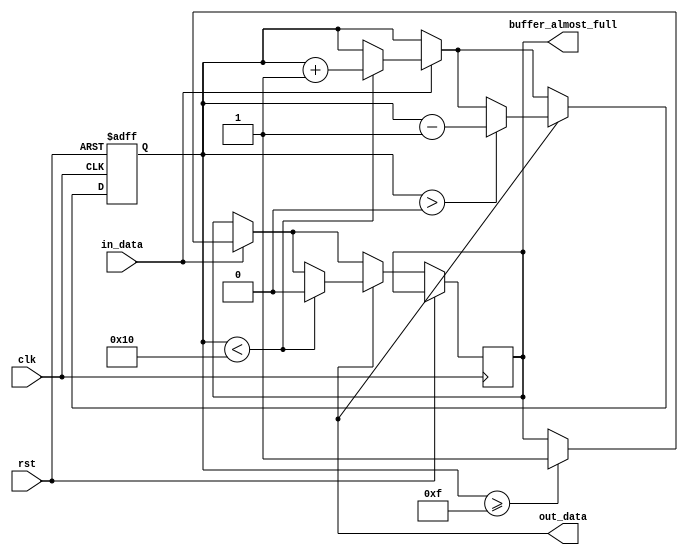
module Almost_Full_FIFO(input wire clk, input wire rst, input wire in_data, output wire out_data, output wire buffer_almost_full);

parameter FIFO_DEPTH = 16;

reg [3:0] fill_level;
reg buffer_full;

always @(posedge clk or posedge rst) begin
    if (rst) begin
        fill_level <= 0;
        buffer_full <= 0;
    end else begin
        if (in_data) begin
            if (fill_level < FIFO_DEPTH) begin
                fill_level <= fill_level + 1;
            end
            if (fill_level >= FIFO_DEPTH - 1) begin
                buffer_almost_full <= 1;
            end
        end
        if (out_data) begin
            if (fill_level > 0) begin
                fill_level <= fill_level - 1;
            end
            if (fill_level < FIFO_DEPTH) begin
                buffer_almost_full <= 0;
            end
        end
    end
end

assign buffer_full = (fill_level == FIFO_DEPTH);

endmodule